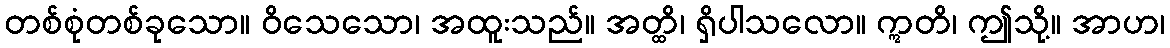
တစ်စုံတစ်ခုသော။ ဝိသေသော၊ အထူးသည်။ အတ္ထိ၊ ရှိပါသလော။ ဣတိ၊ ဤသို့။ အာဟ၊